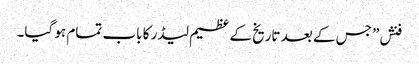
فنش” جس کے بعد تاریخ کے عظیم لیڈر کا باب تمام ہو گیا۔